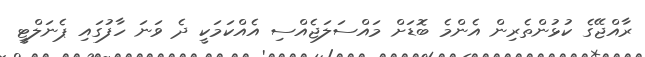
ރާއްޖޭގެ ކުޅުންތެރިން އެންމެ ބޮޑަށް މައްސަލަޖެއްސި އެއްކަމަކީ ދެ ވަނަ ހާފުގައި ޕެނަލްޓީ